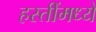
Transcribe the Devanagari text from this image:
हस्तींमध्ये